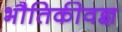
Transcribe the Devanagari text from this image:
भौतिकीवज्ञ